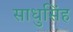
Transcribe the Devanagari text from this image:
साधुसिंह